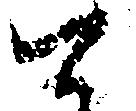
て